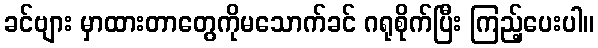
ခင်ဗျား မှာထားတာတွေကိုမသောက်ခင် ဂရုစိုက်ပြီး ကြည့်ပေးပါ။